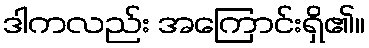
ဒါကလည်း အကြောင်းရှိ၏။